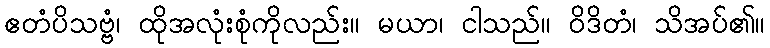
ဧတံပိသဗ္ဗံ၊ ထိုအလုံးစုံကိုလည်း။ မယာ၊ ငါသည်။ ဝိဒိတံ၊ သိအပ်၏။